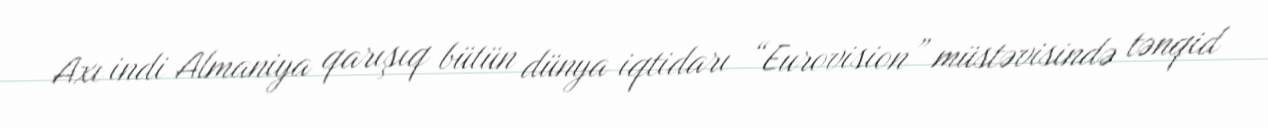
Axı indi Almaniya qarışıq bütün dünya iqtidarı “Eurovision” müstəvisində tənqid